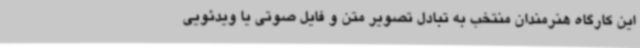
این کارگاه هنرمندان منتخب به تبادل تصویر متن و فایل صوتی یا ویدئویی